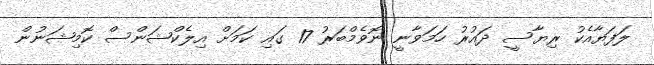
ލަފަޔާއެކު ރިޔާސީ ދައުރު ހަމަވާނީ ނޮވެމްބަރު 17 ގައި ކަމަށް އިލެކްޝަންސް ކޮމިޝަނުން